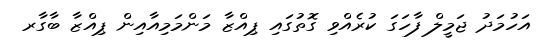
އަހުމަދު ޖަމީލް ފާހަގަ ކުރެއްވި ގޮތުގައި ޕިއްޒާ މަންމަމިއާއިން ޕިއްޒާ ބާގާރ